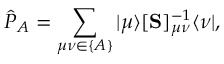
\hat { P } _ { A } = \sum _ { \mu \nu \in \{ A \} } | \mu \rangle [ \mathbf { S } ] _ { \mu \nu } ^ { - 1 } \langle \nu | ,